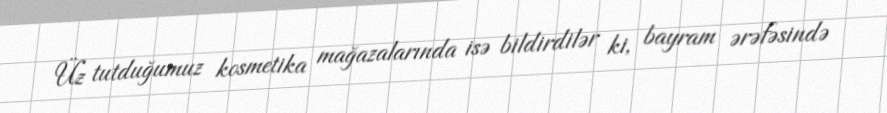
Üz tutduğumuz kosmetika mağazalarında isə bildirdilər ki, bayram ərəfəsində